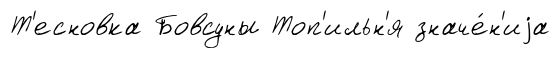
Т'есновка Бовсуны Топ'ильн'я значе́н'иjа